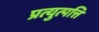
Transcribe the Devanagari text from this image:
प्रत्युत्पत्ति